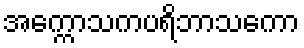
အက္ကောသကပရိဘာသကော